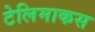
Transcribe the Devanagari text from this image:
टेलिमाकस